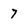
Character: 7